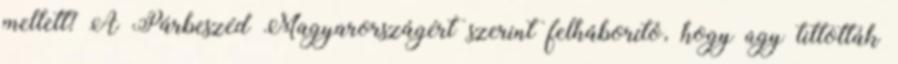
mellett? A Párbeszéd Magyarországért szerint felháborító, hogy úgy tiltották